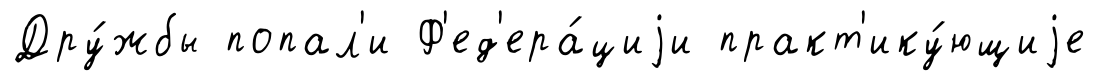
Дру́жбы попал'и Ф'ед'ера́циjи практ'ику́ющиjе